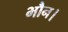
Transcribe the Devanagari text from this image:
भौन।